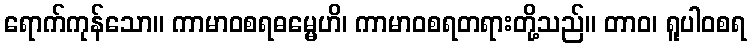
ရောက်ကုန်သော။ ကာမာဝစရဓမ္မေဟိ၊ ကာမာဝစရတရားတို့သည်။ တာဝ၊ ရူပါဝစရ